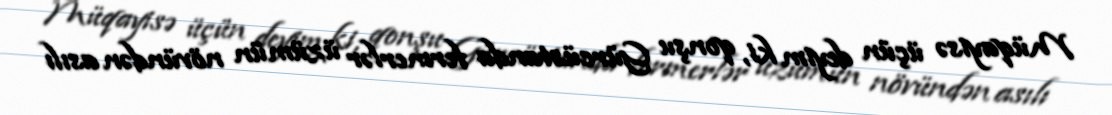
Müqayisə üçün deyim ki, qonşu Gürcüstanda fermerlər üzümün növündən asılı